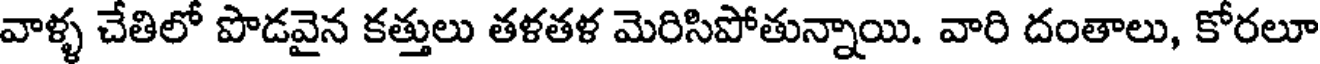
వాళ్ళ చేతిలో పొడవైన కత్తులు తళతళ మెరిసిపోతున్నాయి. వారి దంతాలు, కోరలూ